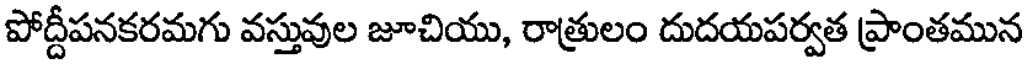
పోద్దీపనకరమగు వస్తువుల జూచియు, రాత్రులం దుదయపర్వత ప్రాంతమున